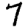
Digit: 7